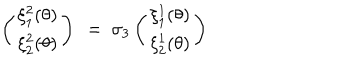
LaTeX: \left( \begin{array} { c } { { \xi _ { 1 } ^ { 2 } ( \theta ) } } \\ { { \xi _ { 2 } ^ { 2 } ( \theta ) } } \\ \end{array} \right) ~ = ~ \sigma _ { 3 } \left( \begin{array} { c } { { \xi _ { 1 } ^ { 1 } ( \theta ) } } \\ { { \xi _ { 2 } ^ { 1 } ( \theta ) } } \\ \end{array} \right)